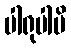
ပါရုပါမိ